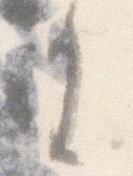
に